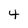
Character: 4